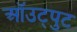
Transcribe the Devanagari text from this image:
ऑउट्पुट